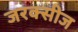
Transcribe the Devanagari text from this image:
जरक्सीज